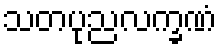
သတပုညလက္ခဏံ